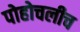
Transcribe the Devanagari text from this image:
पोहोचलीच